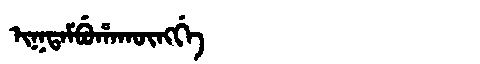
Manchu: ᡳᡴᡨᠠᠮᠪᡠᡥᠠᡴᡡᠩᡤᡝ
Romanization: IKTAMBUHAKŪNGGE